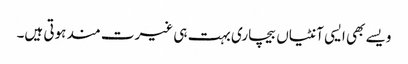
ویسے بھی ایسی آنٹیاں بیچاری بہت ہی غیرت مند ہوتی ہیں۔